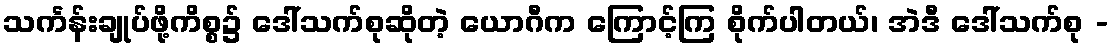
သင်္ကန်းချုပ်ဖို့ကိစ္စ၌ ဒေါ်သက်စုဆိုတဲ့ ယောဂီက ကြောင့်ကြ စိုက်ပါတယ်၊ အဲဒီ ဒေါ်သက်စု -